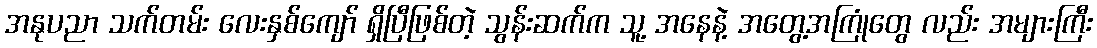
အနုပညာ သက်တမ်း လေးနှစ်ကျော် ရှိပြီဖြစ်တဲ့ သွန်းဆက်က သူ့ အနေနဲ့ အတွေ့အကြုံတွေ လည်း အများကြီး